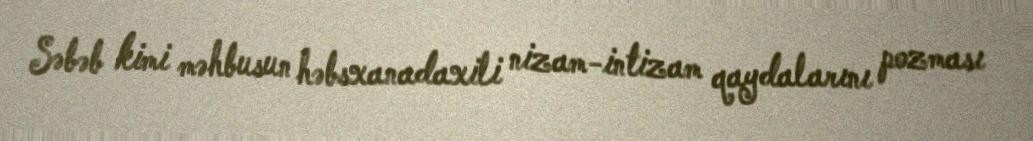
Səbəb kimi məhbusun həbsxanadaxili nizam-intizam qaydalarını pozması